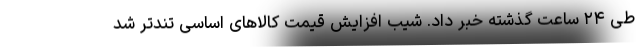
طی ۲۴ ساعت گذشته خبر داد. شیب افزایش قیمت کالاهای اساسی تندتر شد